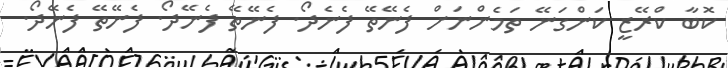
ކޮބާ ކްރޭޒީ ކަންގަނޭ ތަމެންނަށް ފެނޭތޭ ފެނެދޯ. ފެނޭތޭ ފެނޭދޯ. ފެނޭތޭ ފެނޭދޯ.